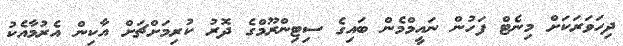
ދިހަވަރަކަށް މިނެޓް ފަހުން ނައީމްމެން ބައިގެ ސިޓިންރޫމްގެ ދޮރު ކުރިމަށްޗަށް އާކިން އެރުމާއެކު